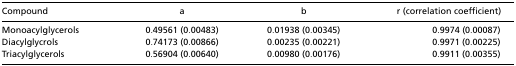
<table><thead><tr><td><b>Compound</b></td><td><b>a</b></td><td><b>b</b></td><td><b>r (correlation coefficient)</b></td></tr></thead><tbody><tr><td>Monoacylglycerols</td><td>0.49561 (0.00483)</td><td>0.01938 (0.00345)</td><td>0.9974 (0.00087)</td></tr><tr><td>Diacylglycrols</td><td>0.74173 (0.00866)</td><td>0.00235 (0.00221)</td><td>0.9971 (0.00225)</td></tr><tr><td>Triacylglycerols</td><td>0.56904 (0.00640)</td><td>0.00980 (0.00176)</td><td>0.9911 (0.00355)</td></tr></tbody></table>